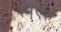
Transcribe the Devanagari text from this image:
मिएरु